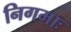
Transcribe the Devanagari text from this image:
निगमाः